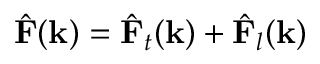
{ \hat { \mathbf { F } } } ( \mathbf { k } ) = { \hat { \mathbf { F } } } _ { t } ( \mathbf { k } ) + { \hat { \mathbf { F } } } _ { l } ( \mathbf { k } )